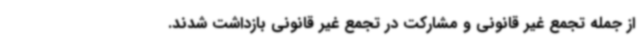
از جمله تجمع غیر قانونی و مشارکت در تجمع غیر قانونی بازداشت شدند.